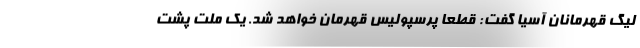
لیگ قهرمانان آسیا گفت: قطعا پرسپولیس قهرمان خواهد شد. یک ملت پشت